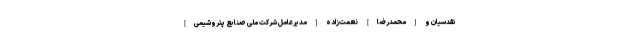
تقدسیان و [محمدرضا] نعمت‌زاده [مدیرعامل شركت ملی صنایع پتروشیمی]